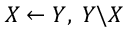
X \leftarrow Y , \; Y \backslash X